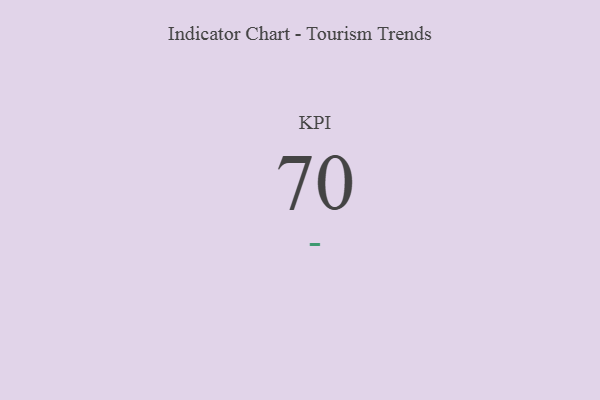
{"axis": {"x": "KPI", "y": "Value"}, "legend": [""], "data": [{"x": "KPI", "y": 70, "type": ""}]}